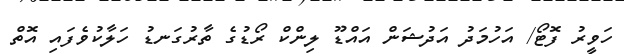
ހަވީރު ފޮޓޯ/ އަހުމަދު އަދުޝަން އައްޑޫ ލިންކް ރޯޑުގެ ތާރުގަނޑު ހަލާކުވެފައި އޮތް